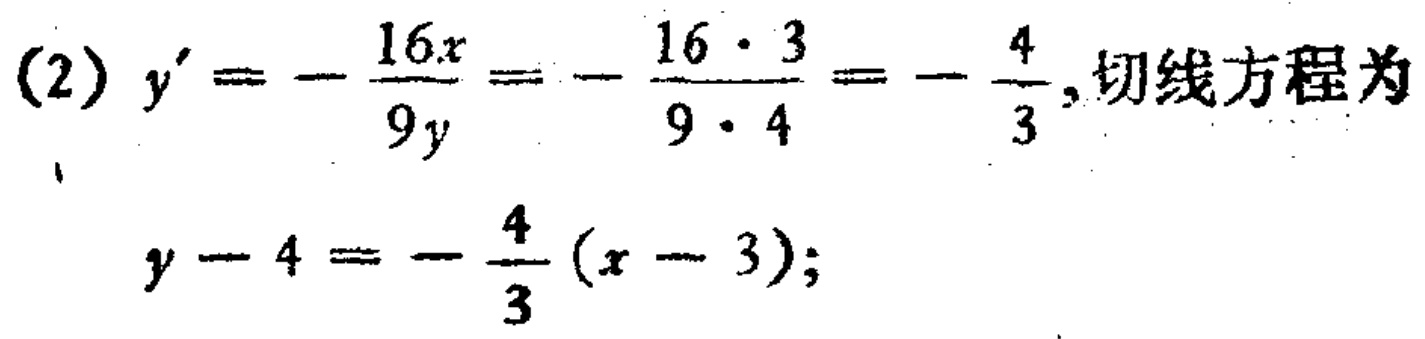
(2) \(y' = -\frac{16x}{9y}=-\frac{16\cdot 3}{9\cdot 4}=-\frac{4}{3}\), 切线方程为
\(y - 4 = -\frac{4}{3}(x - 3)\);